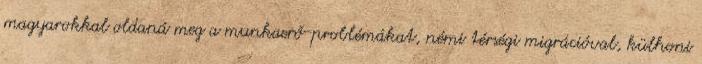
magyarokkal oldaná meg a munkaerő-problémákat, némi térségi migrációval, külhoni